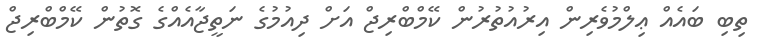
ތިބި ބައެއް ޢިލްމުވެރިން އިރުއުތުރުން ކޭމްބްރިޖް އަށް ދިއުމުގެ ނަތީޖާއެއްގެ ގޮތުން ކޭމްބްރިޖް